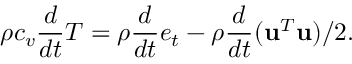
\rho c _ { v } \frac { d } { d t } T = \rho \frac { d } { d t } e _ { t } - \rho \frac { d } { d t } ( \mathbf { u } ^ { T } \mathbf { u } ) / 2 .